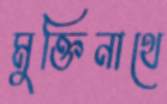
মুক্তিনাথে